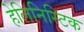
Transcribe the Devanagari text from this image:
हेलिनिस्टिक